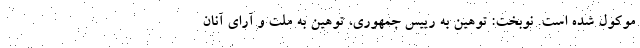
موکول شده است. نوبخت: توهین به رییس جمهوری، توهین به ملت و آرای آنان